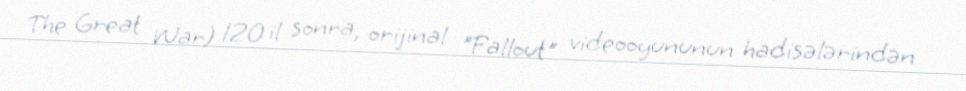
The Great War) 120 il sonra, orijinal "Fallout" videooyununun hadisələrindən